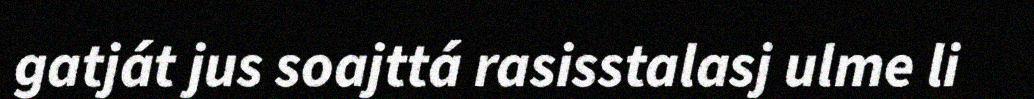
gatját jus soajttá rasisstalasj ulme li